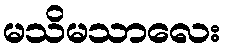
မသိမသာလေး